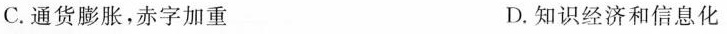
C.通货膨胀，赤字加重 D.知识经济和信息化